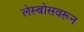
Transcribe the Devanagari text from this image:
लेस्बोसवरून